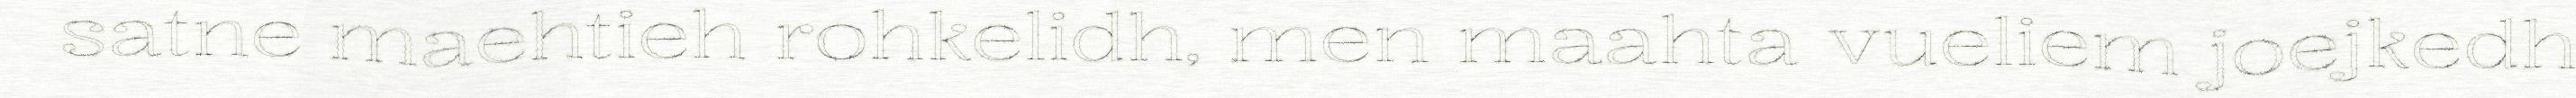
satne maehtieh rohkelidh, men maahta vueliem joejkedh